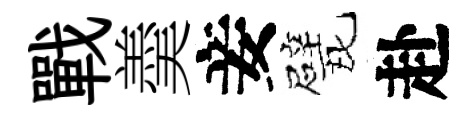
戰羮妾戏赴